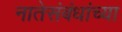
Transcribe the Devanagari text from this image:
नातेसंबंधांच्या